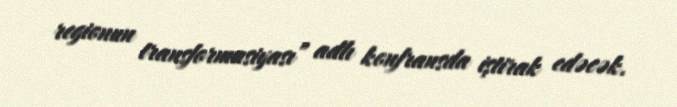
regionun transformasiyası” adlı konfransda iştirak edəcək.